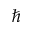
\hbar